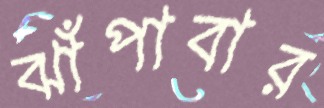
ঝাঁপাবার